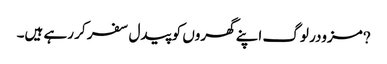
?مزودر لوگ اپنے گھروں کو پیدل سفر کر رہے ہیں۔